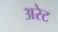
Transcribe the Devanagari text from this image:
अरेट